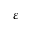
\varepsilon